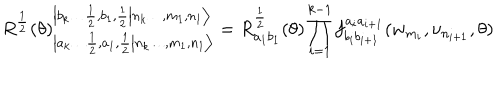
LaTeX: R ^ { \frac { 1 } { 2 } } ( \theta ) _ { \left| \left. a _ { k } \dots \frac { 1 } { 2 } , a _ { 1 } , \frac { 1 } { 2 } \right| n _ { k } \dots , m _ { 1 } , n _ { 1 } \right\rangle } ^ { \left| \left. b _ { k } \dots \frac { 1 } { 2 } , b _ { 1 } , \frac { 1 } { 2 } \right| n _ { k } \dots , m _ { 1 } , n _ { 1 } \right\rangle } = R _ { a _ { 1 } b _ { 1 } } ^ { \frac { 1 } { 2 } } ( \theta ) \prod _ { i = 1 } ^ { k - 1 } f _ { b _ { i } b _ { i + 1 } } ^ { a _ { i } a _ { i + 1 } } ( w _ { m _ { i } } , \nu _ { n _ { i + 1 } } , \theta )